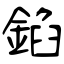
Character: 錎